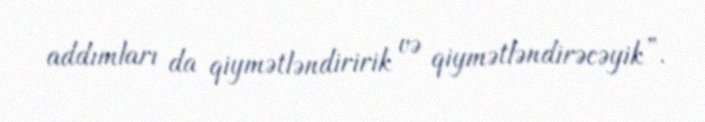
addımları da qiymətləndiririk və qiymətləndirəcəyik”.